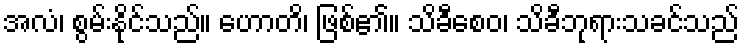
အလံ၊ စွမ်းနိုင်သည်။ ဟောတိ၊ ဖြစ်၏။ သိခီစေဝ၊ သိခီဘုရားသခင်သည်